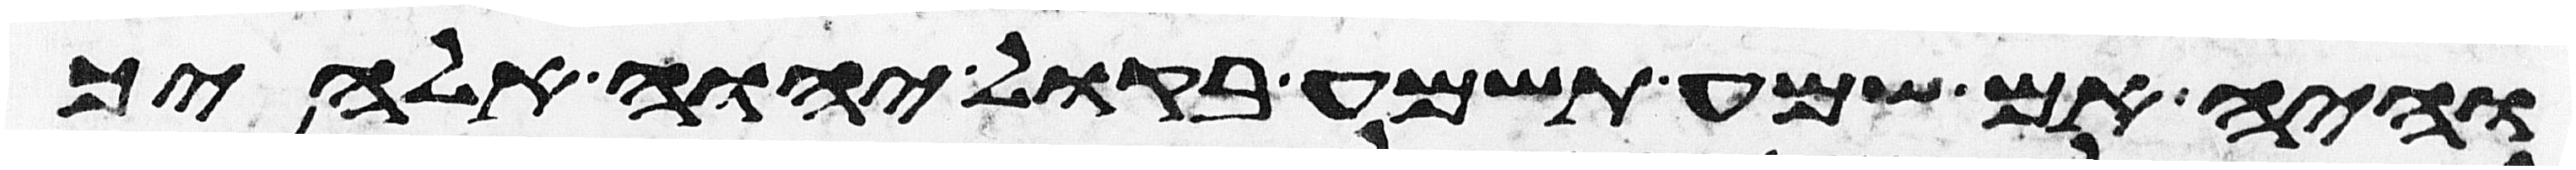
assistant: והיה אם שמע תשמע בקול יהוה אלהיך